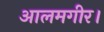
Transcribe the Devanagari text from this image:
आलमगीर।